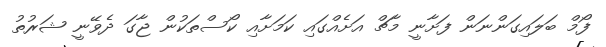
ފޯމް ބަލައިގަންނަން ފަށާނީ މާޗް އަށެެއްގައި ކަމަށާއި ކޯސްތަކުން ޖާގަ ދެވޭނީ ޝަރުތު